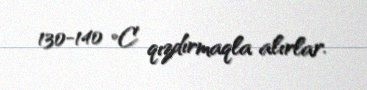
130-140 °C qızdırmaqla alırlar.